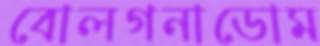
বোলগনাডোম